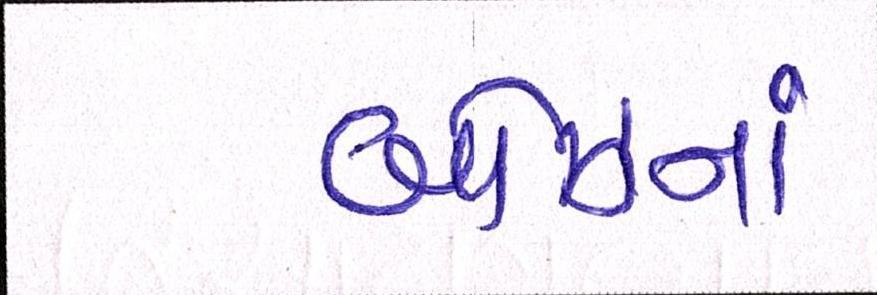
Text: બોઝનાં